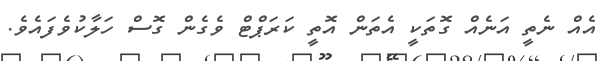
އެއް ނެތީ އަނެއް ގޮތަކީ އެތަން އޮތީ ކަރަޕްޓް ވެގެން ގޮސް ހަލާކުވެފައެވެ.